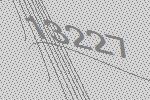
13227